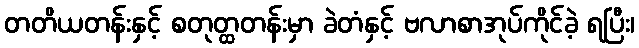
တတိယတန်းနှင့် စတုတ္ထတန်းမှာ ခဲတံနှင့် ဗလာစာအုပ်ကိုင်ခဲ့ ရပြီး၊